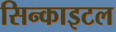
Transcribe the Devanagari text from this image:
सिन्काइटल